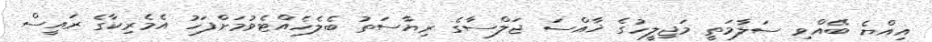
އިއްޔެ ބޭއްވި ސަލާމަތީ މަޖިލީހުގެ ޚާއްސަ ޖަލްސާގެ ރިޔާސަތު ބެލެހެއްޓެވުމަށްފަހު އެމެރިކާގެ ރައީސް